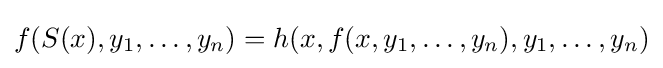
f(S(x),y_{1},\ldots ,y_{n})=h(x,f(x,y_{1},\ldots ,y_{n}),y_{1},\ldots ,y_{n})